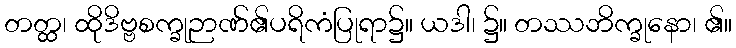
တတ္ထ၊ ထိုဒိဗ္ဗစက္ခုဉာဏ်၏ပရိကံပြုရာ၌။ ယဒါ၊ ၌။ တဿဘိက္ခုနော၊ ၏။